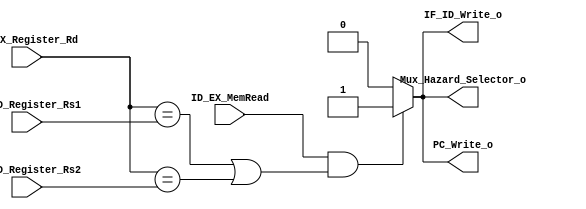
// HAZARD DETECTION UNIT

module Hazard_Detection_Unit
#
(
	parameter N =32
)
(
	input ID_EX_MemRead,
	input [4:0] ID_EX_Register_Rd,
	input [4:0] IF_ID_Register_Rs1,
	input [4:0] IF_ID_Register_Rs2,
	
	output reg IF_ID_Write_o,
	output reg PC_Write_o,
	output reg Mux_Hazard_Selector_o

);

always@(ID_EX_MemRead, ID_EX_Register_Rd, IF_ID_Register_Rs1, IF_ID_Register_Rs2) begin
		IF_ID_Write_o = 0;
		PC_Write_o = 0;
		Mux_Hazard_Selector_o = 0;
		if( ID_EX_MemRead && ((ID_EX_Register_Rd == IF_ID_Register_Rs1) || (ID_EX_Register_Rd == IF_ID_Register_Rs2)))begin
			PC_Write_o = 1;
			IF_ID_Write_o = 1;
			Mux_Hazard_Selector_o = 1;
		end
end


endmodule